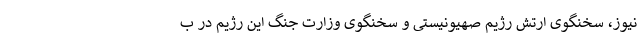
نیوز، سخنگوی ارتش رژیم صهیونیستی و سخنگوی وزارت جنگ این رژیم در ب